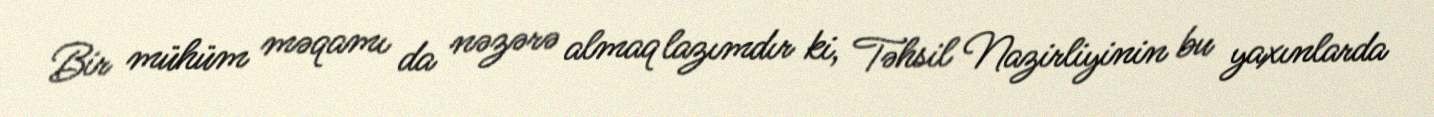
Bir mühüm məqamı da nəzərə almaq lazımdır ki, Təhsil Nazirliyinin bu yaxınlarda